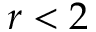
r < 2